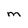
Character: m